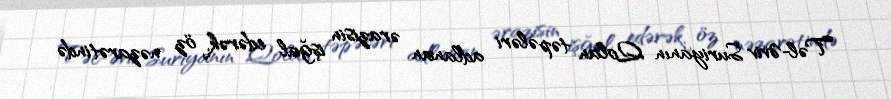
Təl-Əviv Suriyanın Qolan təpələri adlanan ərazisin işğal edərək, öz nəzarətində